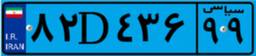
۸۲D۴۳۶۹۹